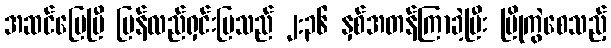
အဆင်ပြေပြီ ပြန်လည်ရှင်းပြသည် ၂:၃၆ နှစ်အတန်ကြာခဲ့ပြီး ပြိုကွဲစေသည့်